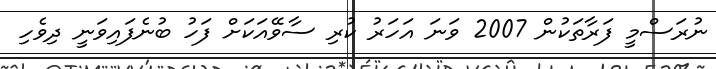
ނުރަސްމީ ފަރާތަކުން 2007 ވަނަ އަހަރު ކުރި ސާވޭއަކަށް ފަހު ބުނެފައިވަނީ ދިވެހި